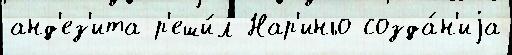
анд'ез'ита р'еши́л Нар'иньо созда́н'иjа